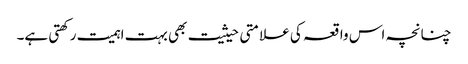
چنانچہ اس واقعہ کی علامتی حیثیت بھی بہت اہمیت رکھتی ہے۔